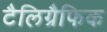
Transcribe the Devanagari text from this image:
टैलिग्रैफिक